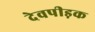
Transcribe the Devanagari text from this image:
देवपीड़क